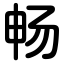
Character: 畅